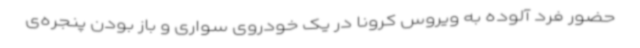
حضور فرد آلوده به ویروس کرونا در یک خودروی سواری و باز بودن پنجره‌ی